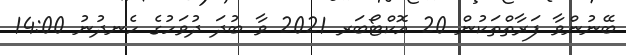
ބޭނުންވާ ފަރާތްތަކުން 20 އޮކްޓޯބަރ 2021 ވާ ބުދަ ދުވަހުގެ ހެނދުނު 14:00